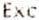
EXC